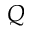
Q